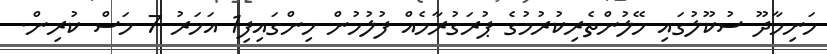
ހަނިމާދޫ ސުކޫލުގައި ހޭލުންތެރިކުރުމުގެ ޕުރަގުރާމެއް ފުލުހުން ހިންގައިފި1 އަހަރު 7 މަސް ކުރިން.